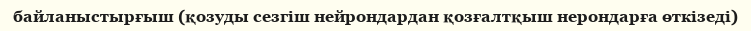
байланыстырғыш (қозуды сезгіш нейрондардан қозғалтқыш нерондарға өткізеді)